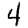
Digit: 4